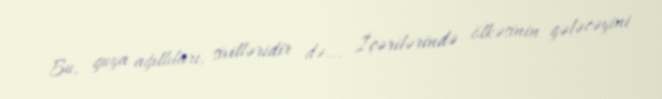
Bu, guya ağıllıları, sivilləridir də... İçərilərində ölkəsinin gələcəyini